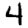
Digit: 4